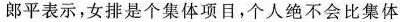
郎平表示，女排是个集体项目，个人绝不会比集体